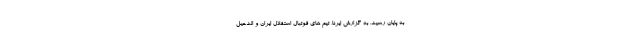
به پایان رسید. به گزارش ایرنا، تیم های فوتبال استقلال ایران و الدحیل